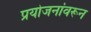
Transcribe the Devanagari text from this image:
प्रयोजनांवरून